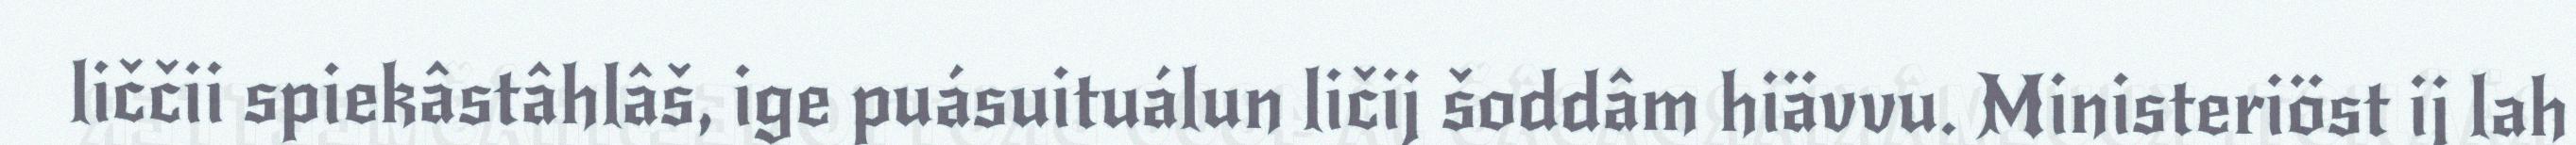
liččii spiekâstâhlâš, ige puásuituálun ličij šoddâm hiävvu. Ministeriöst ij lah